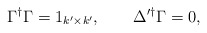
\begin{align*}\Gamma^\dag\Gamma=1_{k'\times k'},\qquad\Delta'^\dag\Gamma=0,\end{align*}